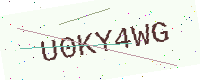
Text: U0KY4WG